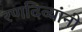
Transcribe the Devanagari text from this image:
रणदिव्यांनी